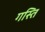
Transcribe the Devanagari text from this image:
गस्ति